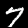
Label: 7